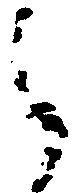
御